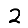
Digit: 2